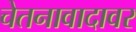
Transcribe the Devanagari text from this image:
चेतनावादावर